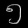
Digit: ၅